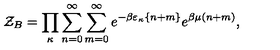
{ \cal Z } _ { B } = \prod _ { \kappa } \sum _ { n = 0 } ^ { \infty } \sum _ { m = 0 } ^ { \infty } e ^ { - \beta \varepsilon _ { \kappa } \{ n + m \} } e ^ { \beta \mu ( n + m ) } ,